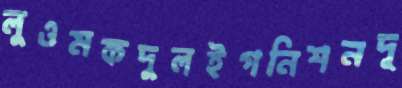
লুওমকদুলইগনিশনদূ